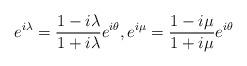
LaTeX: \begin{align*}e^{i\lambda}=\frac{1-i\lambda}{1+i\lambda}e^{i\theta},e^{i\mu}=\frac{1-i\mu}{1+i\mu}e^{i\theta}\end{align*}